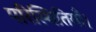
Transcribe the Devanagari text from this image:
परिस्थितियाँ।